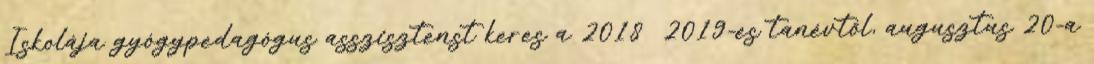
Iskolája gyógypedagógus asszisztenst keres a 2018 2019-es tanévtől, augusztus 20-a